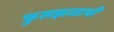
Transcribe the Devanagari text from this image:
फुलझाडाची